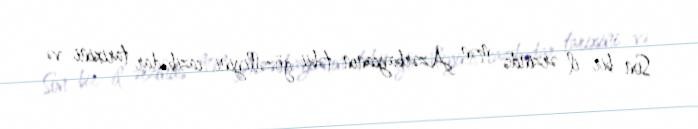
Son bir il ərzində mən Azərbaycanın təbii gözəlliyini, cazibədar tarixini və